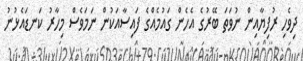
ދިވެހި ރުފިޔާއިން ނުވަތަ ބޭރުގެ އެހެން ގައުމެއްގެ ފައިސާއަކުން ނަމަވެސް މިހާރު ކަނޑައެޅުނު